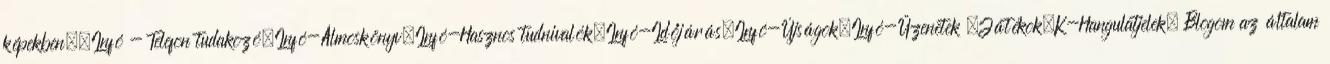
képekben.,Infó - Telefon tudakozó,Infó-Álmoskönyv,Infó-Hasznos tudnivalók,Infó-Időjárás,Infó-Újságok,Infó-Üzenetek ,Játékok,K-Hangulatjelek, Blogom az általam